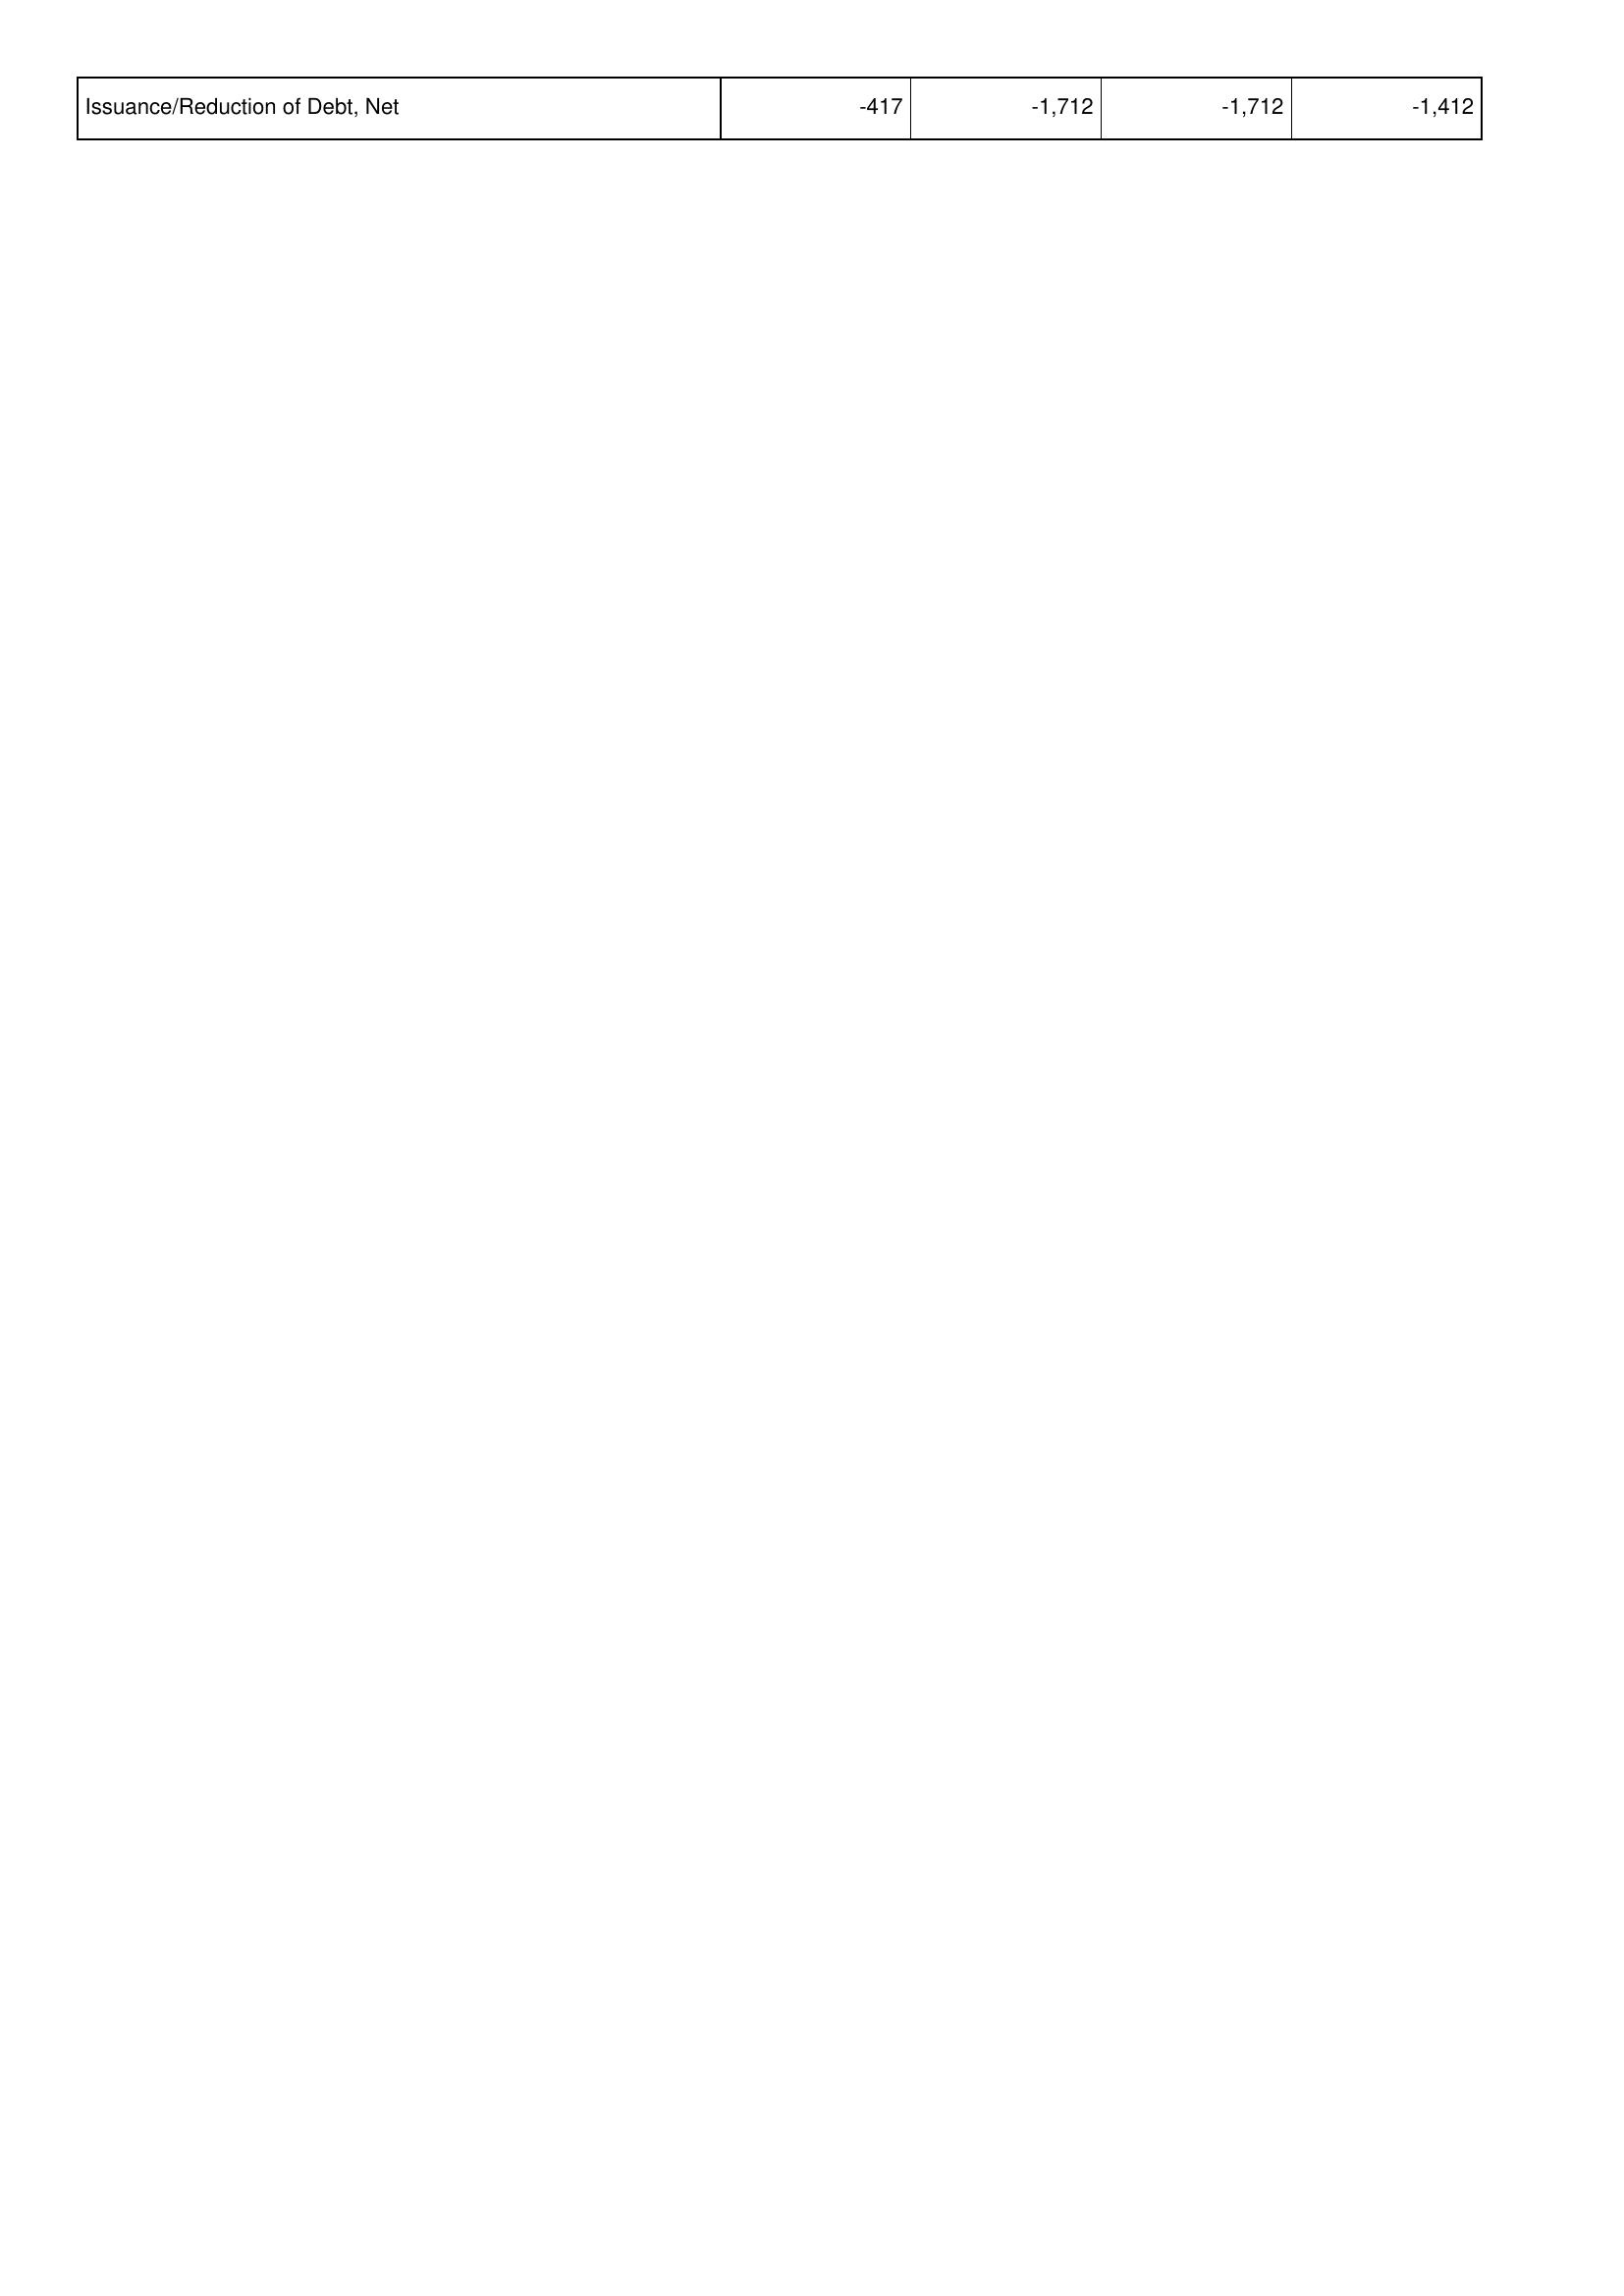
2014: Financing Activities: Issuance/Reduction of Debt, Net: -417
2013: Financing Activities: Issuance/Reduction of Debt, Net: -1,712
2012: Financing Activities: Issuance/Reduction of Debt, Net: -1,712
2011: Financing Activities: Issuance/Reduction of Debt, Net: -1,412